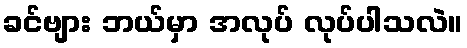
ခင်ဗျား ဘယ်မှာ အလုပ် လုပ်ပါသလဲ။